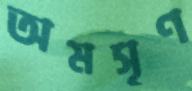
অমসৃণ